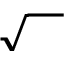
\sqrt { { ~ ^ { ~ } } ^ { ~ } \! \! }